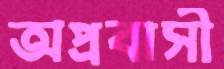
অপ্রবাসী